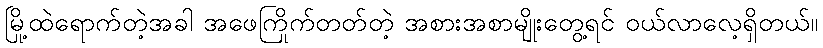
မြို့ထဲရောက်တဲ့အခါ အဖေကြိုက်တတ်တဲ့ အစားအစာမျိုးတွေ့ရင် ဝယ်လာလေ့ရှိတယ်။